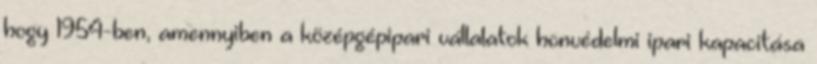
hogy 1954-ben, amennyiben a középgépipari vállalatok honvédelmi ipari kapacitása